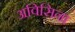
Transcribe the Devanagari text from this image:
अविसिना